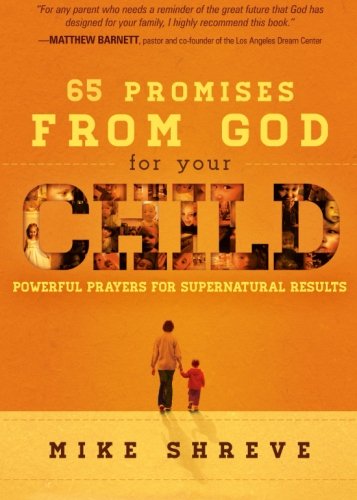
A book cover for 65 Promises from God for Your Child: Powerful Prayers for Supernatural Results; Mike Shreve; Christian Books & Bibles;